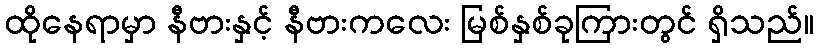
ထိုနေရာမှာ နီဗားနှင့် နီဗားကလေး မြစ်နှစ်ခုကြားတွင် ရှိသည်။